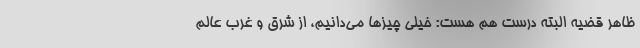
ظاهر قضیه البته درست هم هست: خیلی چیزها می‌دانیم، از شرق و غرب عالم